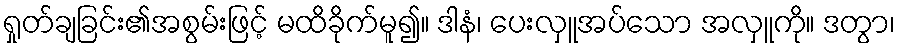
ရှုတ်ချခြင်း၏အစွမ်းဖြင့် မထိခိုက်မူ၍။ ဒါနံ၊ ပေးလှူအပ်သော အလှူကို။ ဒတွာ၊